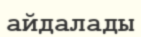
айдалады